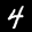
Label: 4